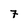
Character: 7